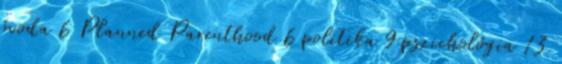
óvoda 6 Planned Parenthood 6 politika 9 pszichológia 13